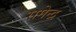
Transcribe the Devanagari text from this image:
रामेन्द्र